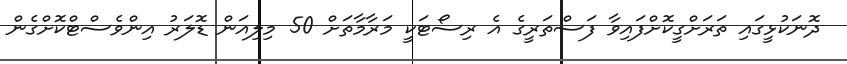
ދޮނަކުޅީގައި ތަރަށްގީކޮށްފައިވާ ފަސްތަރީގެ އެ ރިސޯޓަކީ މަރާމާތަށް 50 މިލިއަން ޑޮލަރު އިންވެސްޓްކޮށްގެން